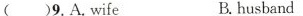
()9.A.wife B.husband